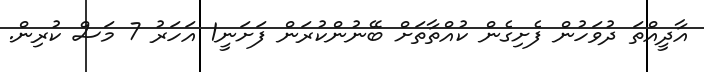
އާދީއްތަ ދުވަހުން ފެށިގެން ކުއްތާތަށް ބޭނުންކުރަން ފަށަނީ1 އަހަރު 7 މަސް ކުރިން.